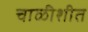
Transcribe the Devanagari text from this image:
चाळीशीत